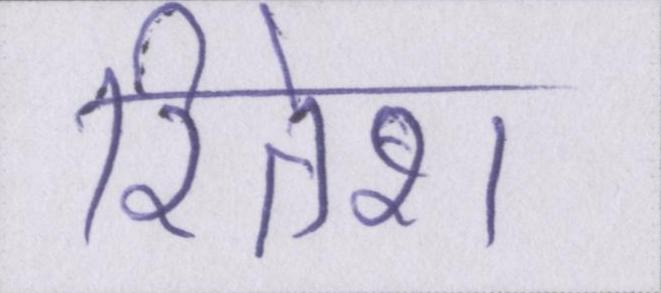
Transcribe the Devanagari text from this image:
रितेश